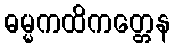
ဓမ္မကထိကတ္တေန